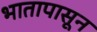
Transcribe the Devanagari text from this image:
भातापासून